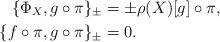
LaTeX: \begin{align*} \{ \Phi _X , g \circ \pi \} _\pm &= \pm \rho (X) [g] \circ \pi , \\ \{ f \circ \pi , g \circ \pi \}_\pm &= 0 . \end{align*}